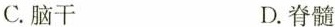
C.脑干 D.脊髓